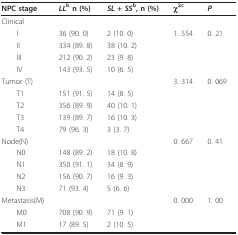
<table><thead><tr><td><b>NPC stage</b></td><td><b><i>LL</i><sup>b </sup>n (%)</b></td><td><b><i>SL </i>+ <i>SS</i><sup>b</sup>, n (%)</b></td><td><b>χ<sup>2c</sup></b></td><td><b><i>P</i></b></td></tr></thead><tbody><tr><td>Clinical</td><td></td><td></td><td></td><td></td></tr><tr><td> I</td><td>36 (90. 0)</td><td>2 (10. 0)</td><td>1. 554</td><td>0. 21</td></tr><tr><td> II</td><td>334 (89. 8)</td><td>38 (10. 2)</td><td></td><td></td></tr><tr><td> III</td><td>212 (90. 2)</td><td>23 (9. 8)</td><td></td><td></td></tr><tr><td> IV</td><td>143 (93. 5)</td><td>10 (6. 5)</td><td></td><td></td></tr><tr><td>Tumor (T)</td><td></td><td></td><td>3. 314</td><td>0. 069</td></tr><tr><td> T1</td><td>151 (91. 5)</td><td>14 (8. 5)</td><td></td><td></td></tr><tr><td> T2</td><td>356 (89. 9)</td><td>40 (10. 1)</td><td></td><td></td></tr><tr><td> T3</td><td>139 (89. 7)</td><td>16 (10. 3)</td><td></td><td></td></tr><tr><td> T4</td><td>79 (96. 3)</td><td>3 (3. 7)</td><td></td><td></td></tr><tr><td>Node(N)</td><td></td><td></td><td>0. 667</td><td>0. 41</td></tr><tr><td> N0</td><td>148 (89. 2)</td><td>18 (10. 8)</td><td></td><td></td></tr><tr><td> N1</td><td>350 (91. 1)</td><td>34 (8. 9)</td><td></td><td></td></tr><tr><td> N2</td><td>156 (90. 7)</td><td>16 (9. 3)</td><td></td><td></td></tr><tr><td> N3</td><td>71 (93. 4)</td><td>5 (6. 6)</td><td></td><td></td></tr><tr><td>Metastasis(M)</td><td></td><td></td><td>0. 000</td><td>1. 00</td></tr><tr><td> M0</td><td>708 (90. 9)</td><td>71 (9. 1)</td><td></td><td></td></tr><tr><td> M1</td><td>17 (89. 5)</td><td>2 (10. 5)</td><td></td><td></td></tr></tbody></table>